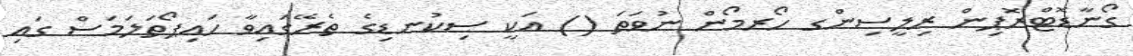
ގޯނާޑޮޓްރޮޕިން ރިލީސިންގ ހޯރމޯން ނުވަތަ () އަކީ ސިކުނޑިގެ ތެރޭގައިވާ ހައިޕޯތަލަމަސް ގައި